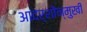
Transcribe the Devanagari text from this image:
आदर्शोंन्मुखी